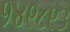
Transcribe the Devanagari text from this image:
१४९८९३